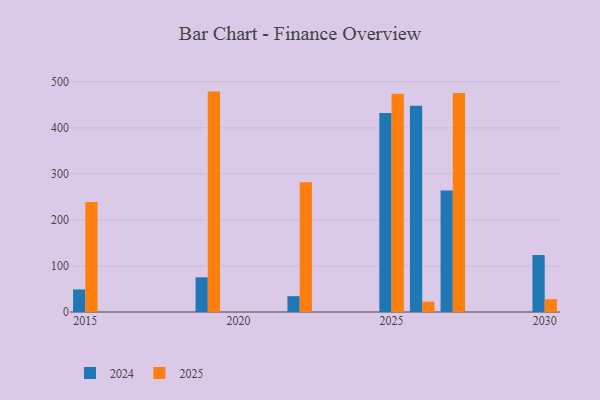
{"axis": {"x": "Year", "y": "Active Users"}, "legend": ["2024", "2025"], "data": [{"x": "2015", "y": 48.9, "type": "2024"}, {"x": "2015", "y": 239.1, "type": "2025"}, {"x": "2022", "y": 34.4, "type": "2024"}, {"x": "2022", "y": 281.5, "type": "2025"}, {"x": "2027", "y": 263.9, "type": "2024"}, {"x": "2027", "y": 475.7, "type": "2025"}, {"x": "2030", "y": 123.7, "type": "2024"}, {"x": "2030", "y": 27.8, "type": "2025"}, {"x": "2019", "y": 75.3, "type": "2024"}, {"x": "2019", "y": 478.6, "type": "2025"}, {"x": "2026", "y": 448.1, "type": "2024"}, {"x": "2026", "y": 22.4, "type": "2025"}, {"x": "2025", "y": 432.0, "type": "2024"}, {"x": "2025", "y": 474.0, "type": "2025"}]}